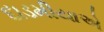
દાડમીયાએ